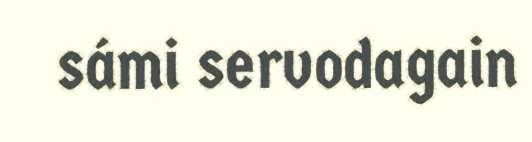
sámi servodagain